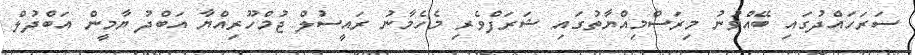
ސަރަހައްދުގައި ބޭއްވުނު މިރަސްމިއްޔާތުގައި ޝަރަފްވެރި މެހެމާނު ރައީސުލް ޖުމްހޫރިއްޔާ އަބްދު ޔާމީން އަބްދުލް